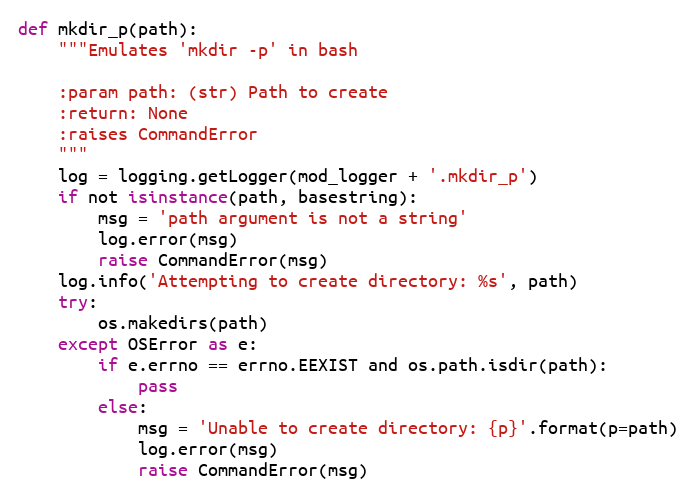
Language: Python
def mkdir_p(path):
    """Emulates 'mkdir -p' in bash

    :param path: (str) Path to create
    :return: None
    :raises CommandError
    """
    log = logging.getLogger(mod_logger + '.mkdir_p')
    if not isinstance(path, basestring):
        msg = 'path argument is not a string'
        log.error(msg)
        raise CommandError(msg)
    log.info('Attempting to create directory: %s', path)
    try:
        os.makedirs(path)
    except OSError as e:
        if e.errno == errno.EEXIST and os.path.isdir(path):
            pass
        else:
            msg = 'Unable to create directory: {p}'.format(p=path)
            log.error(msg)
            raise CommandError(msg)